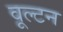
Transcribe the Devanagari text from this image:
वूल्टन